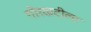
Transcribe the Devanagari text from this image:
गोरखटीला